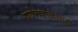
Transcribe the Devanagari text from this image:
प्रयोगशाळेसाठी